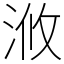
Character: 浟